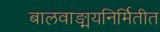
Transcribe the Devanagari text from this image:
बालवाङ्मयनिर्मितीत